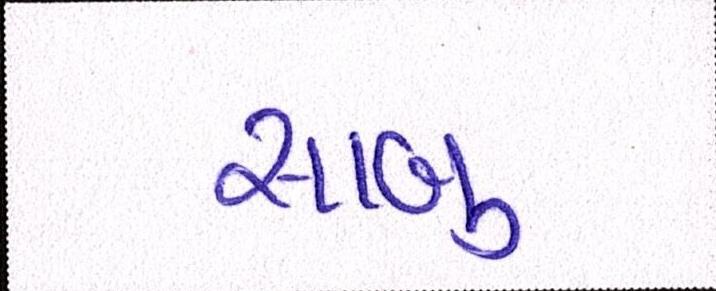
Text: સાબુ